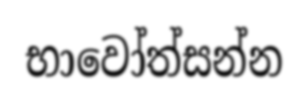
භාවෝත්සන්න